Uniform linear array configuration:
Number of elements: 16
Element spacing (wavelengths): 1
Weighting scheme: blackman
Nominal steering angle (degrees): -60
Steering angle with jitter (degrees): -58.351
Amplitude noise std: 0.05
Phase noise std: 0.05

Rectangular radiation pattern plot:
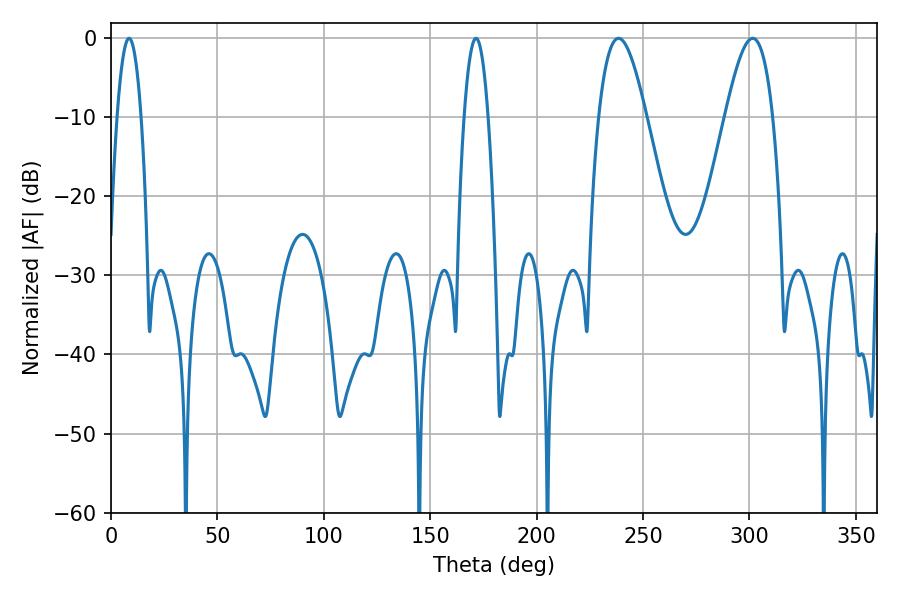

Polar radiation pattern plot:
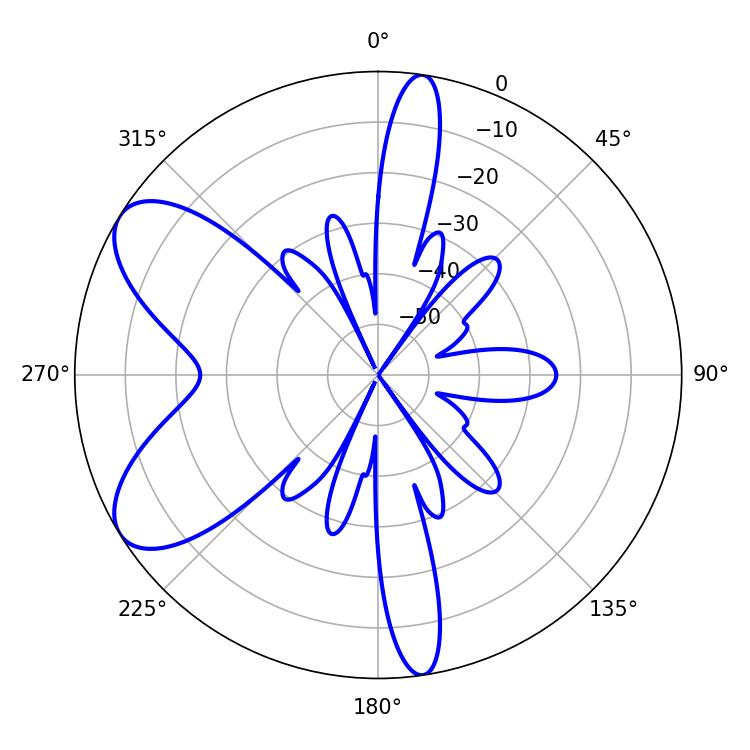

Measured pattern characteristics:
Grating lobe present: TRUE
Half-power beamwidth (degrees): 12.24
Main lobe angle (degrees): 301.5